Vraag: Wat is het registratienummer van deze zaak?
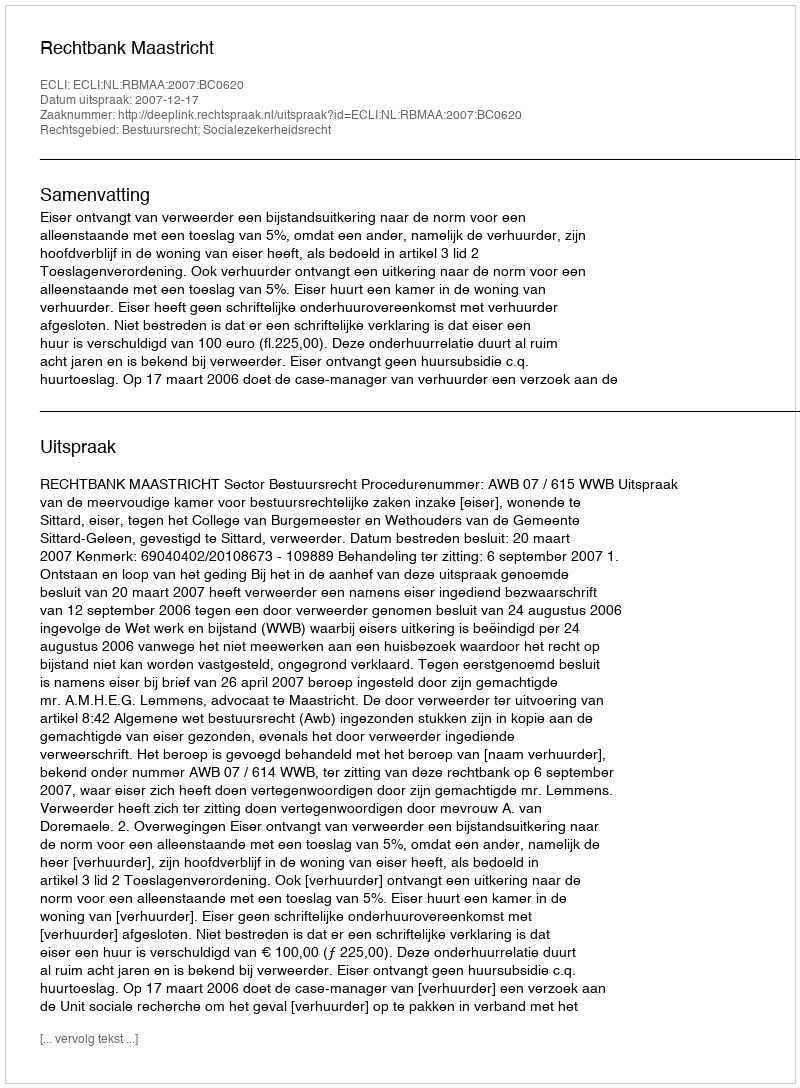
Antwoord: http://deeplink.rechtspraak.nl/uitspraak?id=ECLI:NL:RBMAA:2007:BC0620